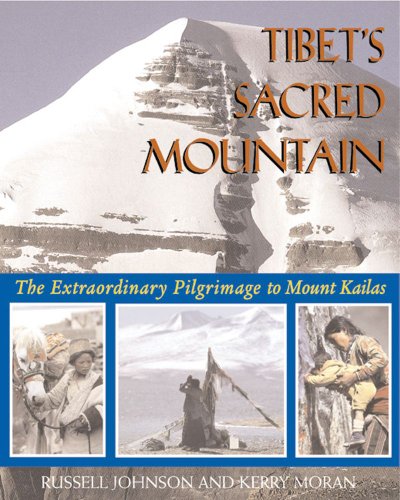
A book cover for Tibet's Sacred Mountain: The Extraordinary Pilgrimage to Mount Kailas; Russell Johnson; Travel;